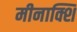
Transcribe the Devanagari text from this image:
मीनाक्शि